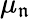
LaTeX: \mu_{\mathfrak{n}}